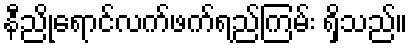
နီညိုရောင်လက်ဖက်ရည်ကြမ်း ရှိသည်။